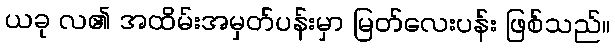
ယခု လ၏ အထိမ်းအမှတ်ပန်းမှာ မြတ်လေးပန်း ဖြစ်သည်။